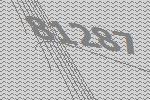
81287